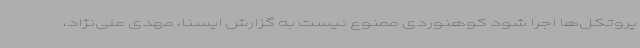
پروتکل‌ها اجرا شود کوهنوردی ممنوع نیست به گزارش ایسنا، مهدی علی‌نژاد،